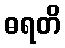
ဓရတိ